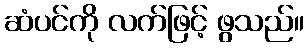
ဆံပင်ကို လက်ဖြင့် ဖွသည်။